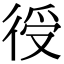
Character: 𢔏